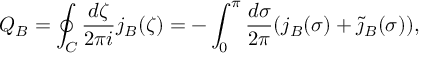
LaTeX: Q _ { B } = \oint _ { C } \frac { d \zeta } { 2 \pi i } j _ { B } ( \zeta ) = - \int _ { 0 } ^ { \pi } \frac { d \sigma } { 2 \pi } ( j _ { B } ( \sigma ) + \widetilde { \jmath } _ { B } ( \sigma ) ) ,